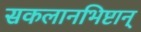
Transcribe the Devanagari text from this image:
सकलानभिष्टान्